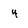
Character: 4